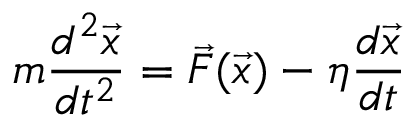
m \frac { d ^ { 2 } \vec { x } } { d t ^ { 2 } } = \vec { F } ( \vec { x } ) - \eta \frac { d \vec { x } } { d t }